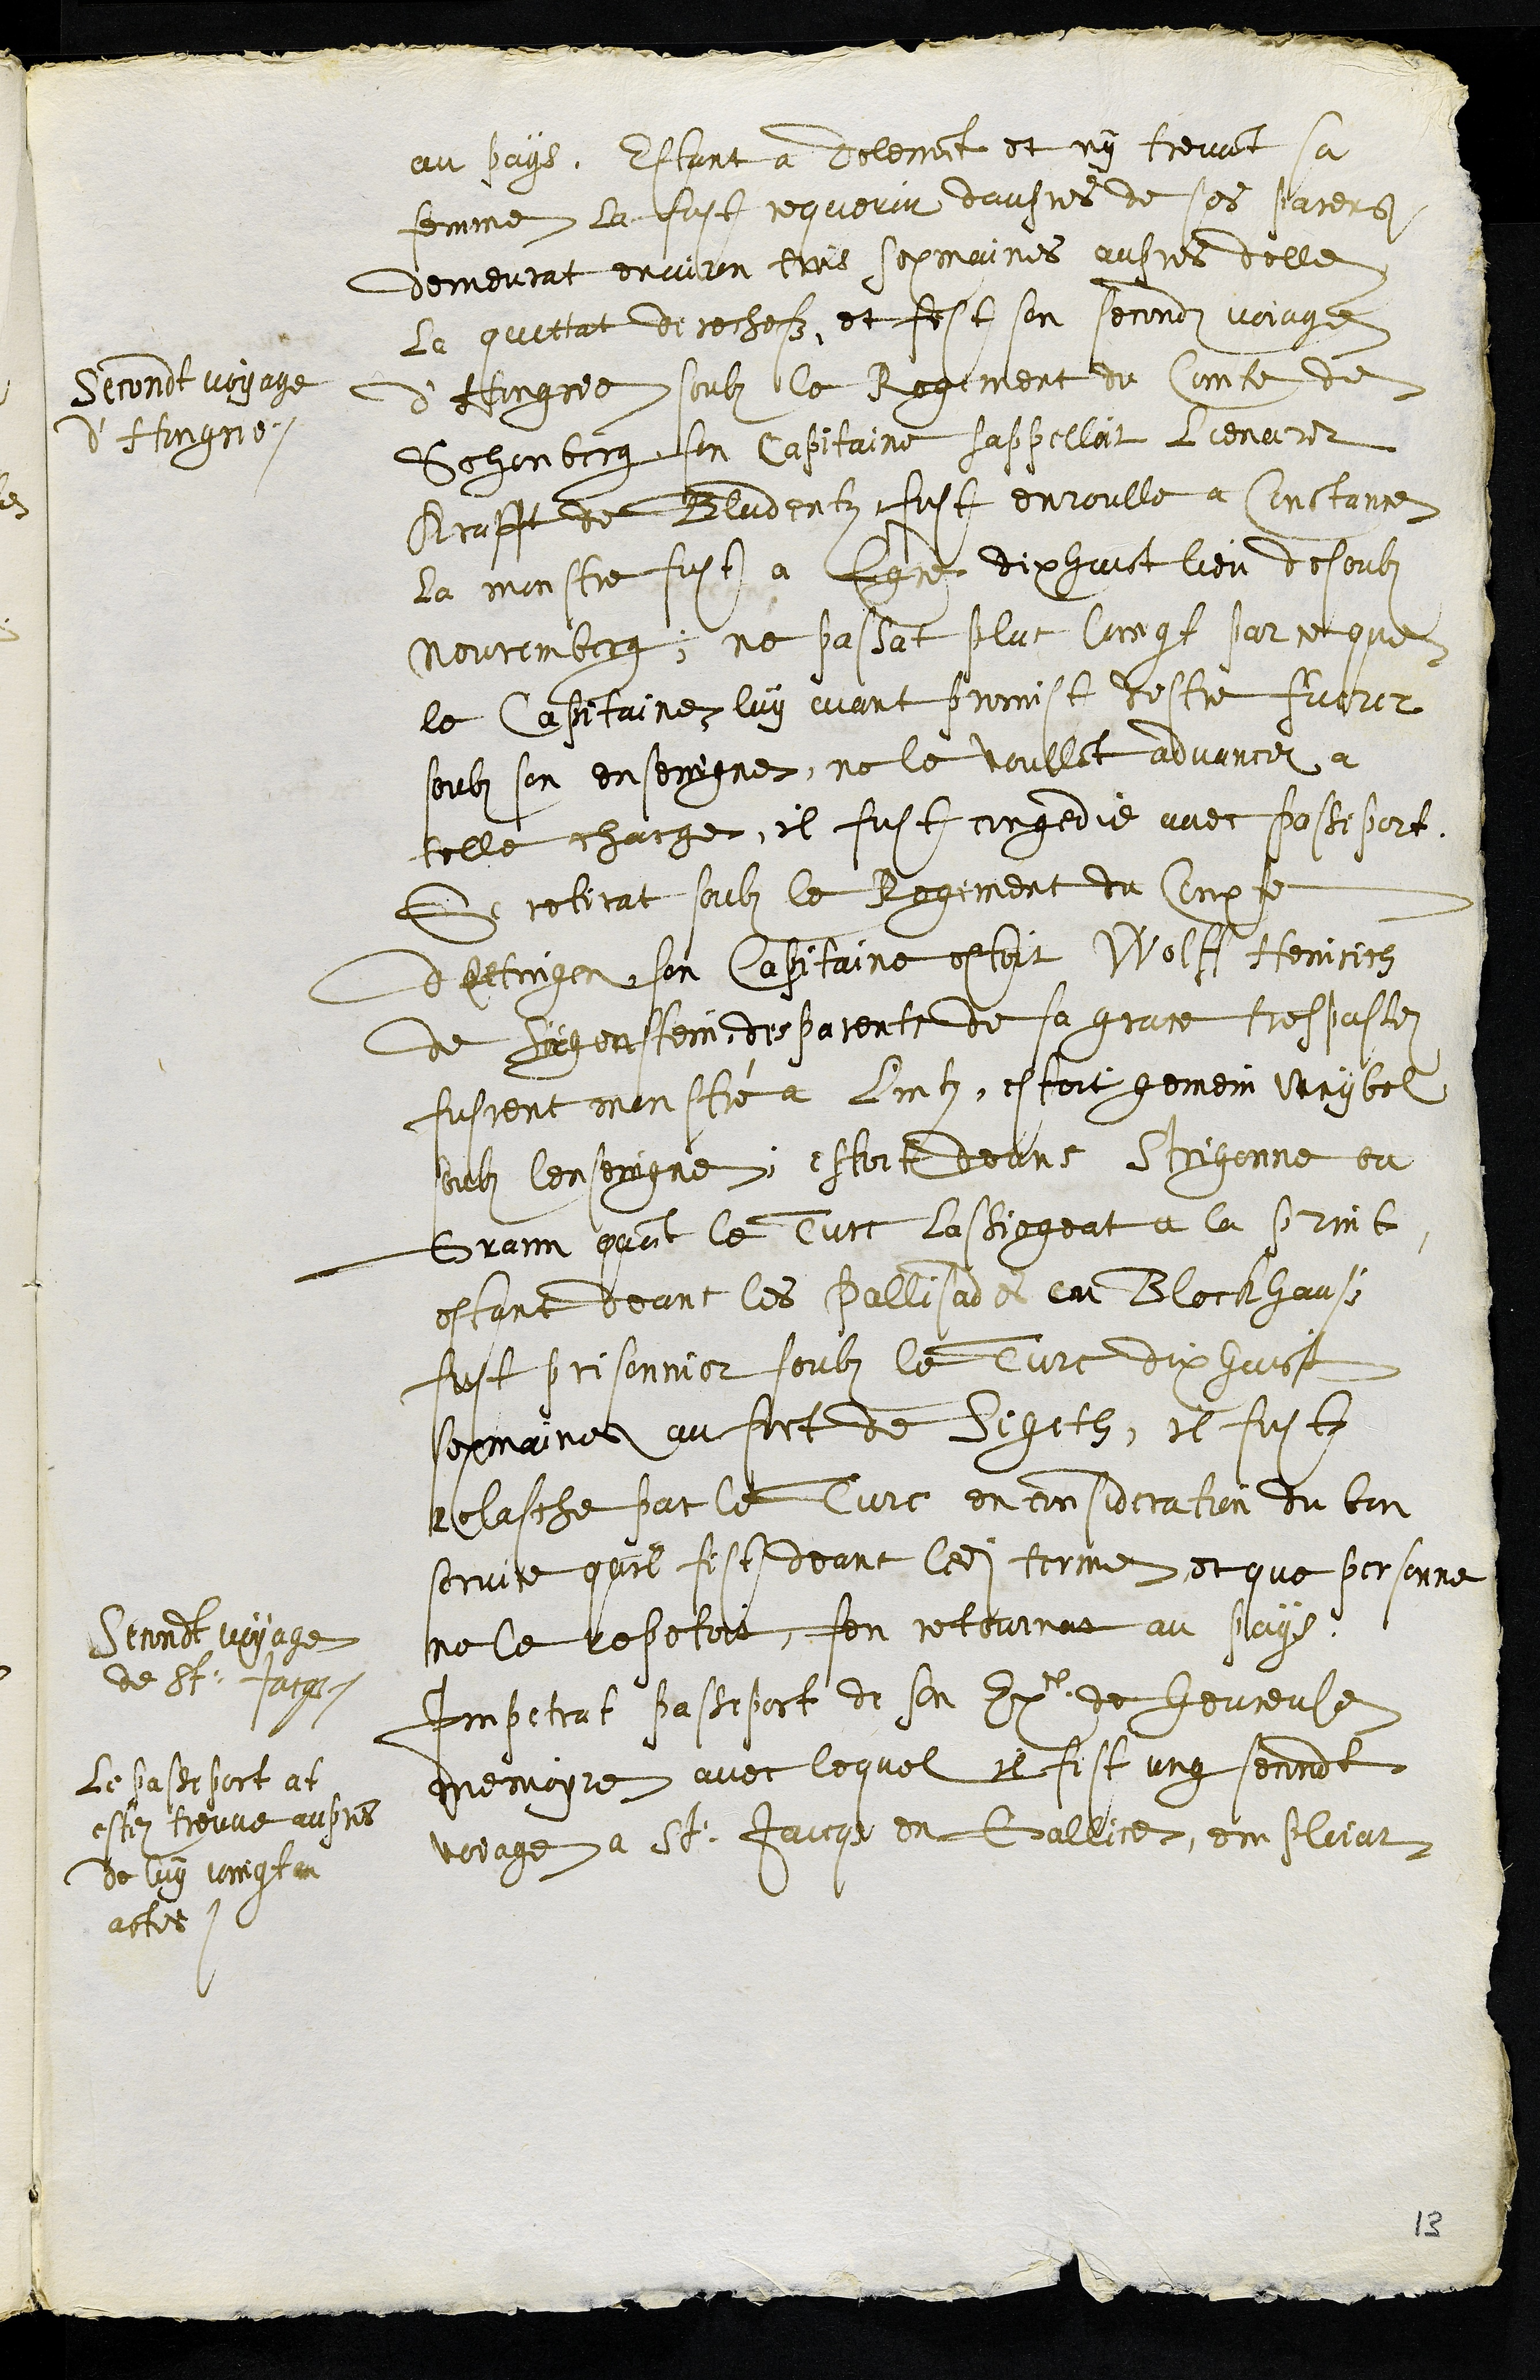
au pays, Estant a delemont et ny treuvant sa
femme la fust requerir daupres de ses parens
demeurat environ trois sepmaines aupres delle
le quittat de rechefz, et fist son secondz voiage
d'Hongrie soubz le Regiment du Comte de
Sohenberg son capitaine sappelloit Lienardt
Krafft de Bludentz, fust enroulle a Constance
secondt voyage
d'Hongrie
la monstre fut a Egce dix huict lieu desoubz
Nouremberg, ne passat plus loing par ce que
le Capitaine luy aiant promist destre furnit
soubz son enseingne, ne le voullant advancer a
telle charge, il fust congedie avec passeport.
Se retirat soubz le Regiment du Compte
dEttingen, son Capitaine estoit Wolff Heinrich
de Sägenstein, des parents de sa grace trespassez
fussent monstré a Lintz, estoit gemein weybel
soubz lenseingne estoit deans Strigonne ou
Grann quant le Turc lassiegeat et la print
estant deans les pallissades ou Blockhauss
fust prisonnier soubz le Turc dix huict
sepmaines au fort de Sigeth, il fust
relasche par le Turc en consideration du bon
service quil fist deans ledit terme et que personne
ne le repetoit, sen retournat au pays
secondt voyage
de St: Jacques
Impetrat passeport de son Exce de heureuse
Le passeport at
estez trouve aupres
de luy joingt au
actes
memoire avec lequel il fist ung secondt
voiage a St: Jacques en Gallice, emploiat
13